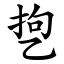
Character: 㐝